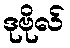
ဒုဗိုလ်